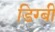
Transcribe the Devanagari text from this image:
डिग्‍बी